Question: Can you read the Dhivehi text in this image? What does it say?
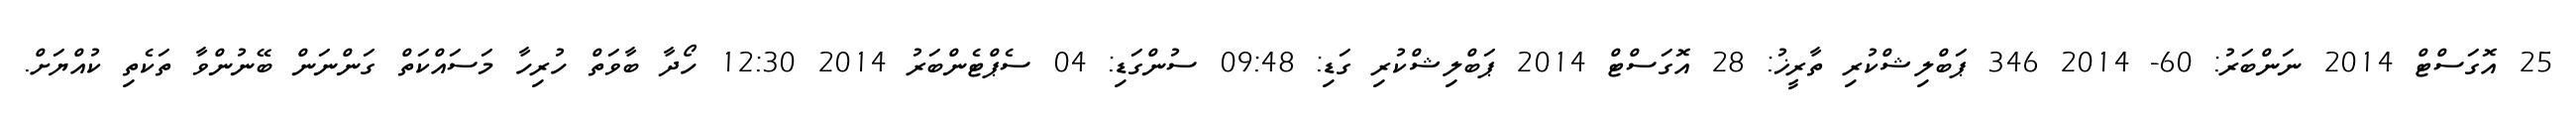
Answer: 25 އޮގަސްޓް 2014 ނަންބަރު: 60- 2014 346 ޕަބްލިޝްކުރި ތާރީޚު: 28 އޮގަސްޓް 2014 ޕަބްލިޝްކުރި ގަޑި: 09:48 ސުންގަޑި: 04 ސެޕްޓެންބަރު 2014 12:30 ހޯދާ ބާވަތް ހުރިހާ މަސައްކަތް ގަންނަން ބޭނުންވާ ތަކެތި ކުއްޔަށް.